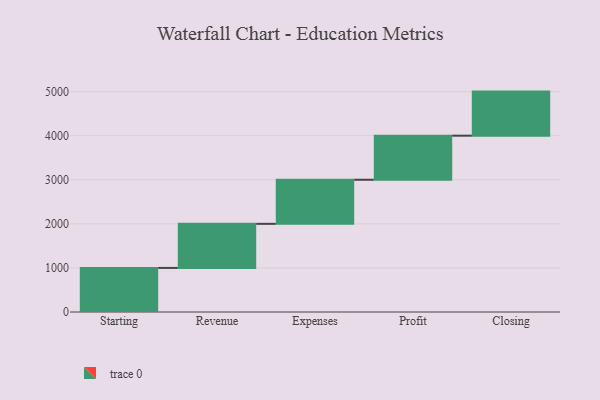
{"axis": {"x": "Step", "y": "Value"}, "legend": [""], "data": [{"x": "Starting", "y": 1000, "type": ""}, {"x": "Revenue", "y": 1000, "type": ""}, {"x": "Expenses", "y": 1000, "type": ""}, {"x": "Profit", "y": 1000, "type": ""}, {"x": "Closing", "y": 1000, "type": ""}]}